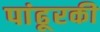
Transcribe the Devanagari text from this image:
पांढूरकी